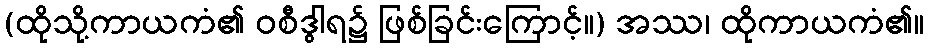
(ထိုသို့ကာယကံ၏ ဝစီဒွါရ၌ ဖြစ်ခြင်းကြောင့်။) အဿ၊ ထိုကာယကံ၏။